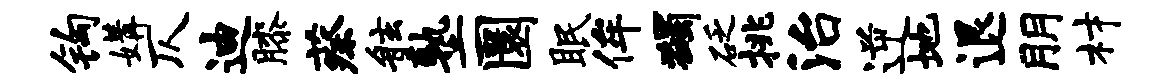
钩媾仄迪膝蔡舷塾圜眠侔蠲砭挑治逆地退朋材